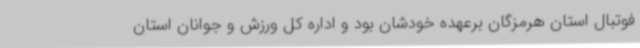
فوتبال استان هرمزگان برعهده خودشان بود و اداره کل ورزش و جوانان استان